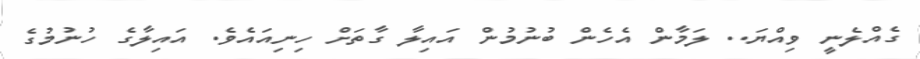
ގެއްލެނީ ވިއްޔަ.. ލަމާން އެހެން ބުނުމުން އައިލާ ގާތަށް ހިނިއައެވެ. އައިލާގެ ހުނުމުގެ